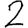
Digit: 2